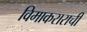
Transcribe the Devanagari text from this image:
विमाकराराची